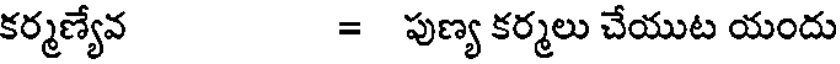
కర్మణ్యేవ = పుణ్య కర్మలు చేయుట యందు